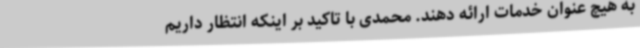
به هیچ عنوان خدمات ارائه دهند. محمدی با تاکید بر اینکه انتظار داریم